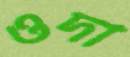
ওদা